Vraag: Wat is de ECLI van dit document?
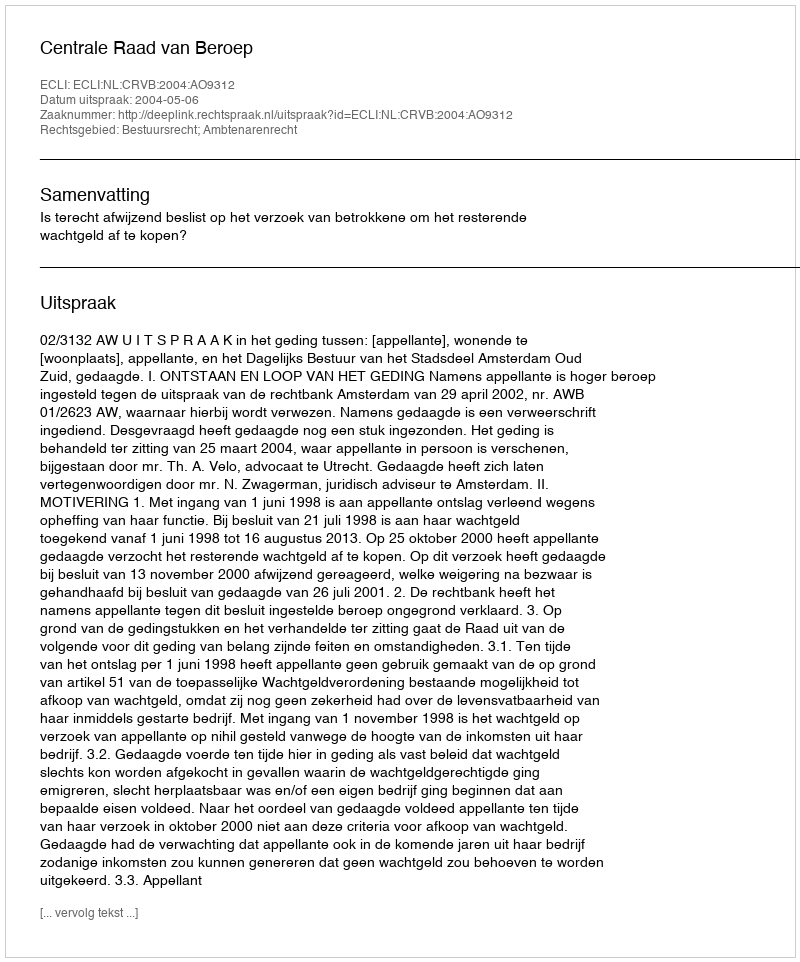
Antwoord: ECLI:NL:CRVB:2004:AO9312